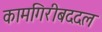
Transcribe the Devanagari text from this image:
कामगिरीबददल